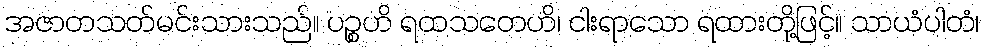
အဇာတသတ်မင်းသားသည်။ ပဉ္စဟိ ရထသတေဟိ၊ ငါးရာသော ရထားတို့ဖြင့်။ သာယံပါတံ၊